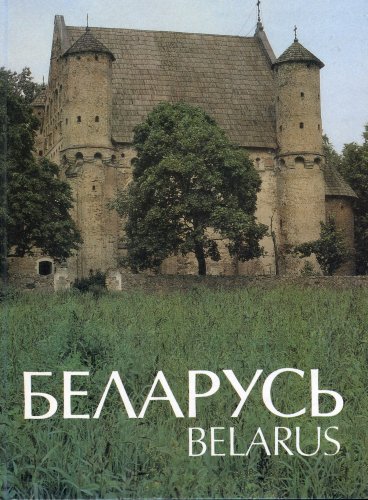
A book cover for BELARUS; VARIOUS; Travel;